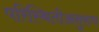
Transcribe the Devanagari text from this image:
परिस्थितीअनुरुप